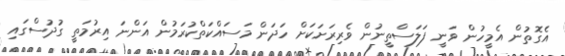
އެގޮތުން އެމީހުން ވަނީ ފަލަސްތީނުން ވެރިރަށަކަށް ހަދަން މަސައްކަތްކުރަމުން އަންނަ އިރުމަތީ ގުދުސްގައި